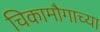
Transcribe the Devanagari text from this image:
चिकामौगाच्या